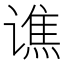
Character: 谯